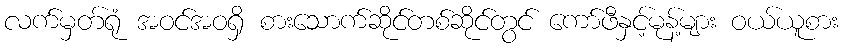
လက်မှတ်ရုံ အဝင်အဝရှိ စားသောက်ဆိုင်တစ်ဆိုင်တွင် ကော်ဖီနှင့်မုန့်များ ဝယ်ယူစား